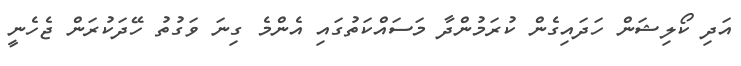
އަދި ކޯލިޝަން ހަދައިގެން ކުރަމުންދާ މަސައްކަތުގައި އެންމެ ގިނަ ވަގުތު ހޭދަކުރަން ޖެހެނީ